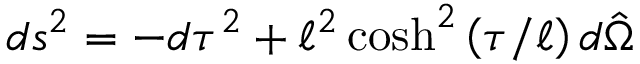
d s ^ { 2 } = - d \tau ^ { 2 } + \ell ^ { 2 } \cosh ^ { 2 } \left( \tau / \ell \right) d \hat { \Omega }